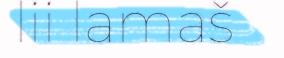
lii lamaš